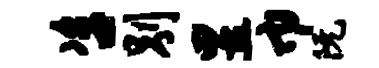
咨别昱巾阮